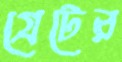
গ্রেটের